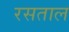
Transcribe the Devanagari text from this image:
रसताल